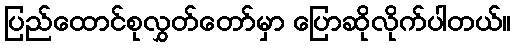
ပြည်ထောင်စုလွှတ်တော်မှာ ပြောဆိုလိုက်ပါတယ်။